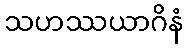
သဟဿယာဂိနံ